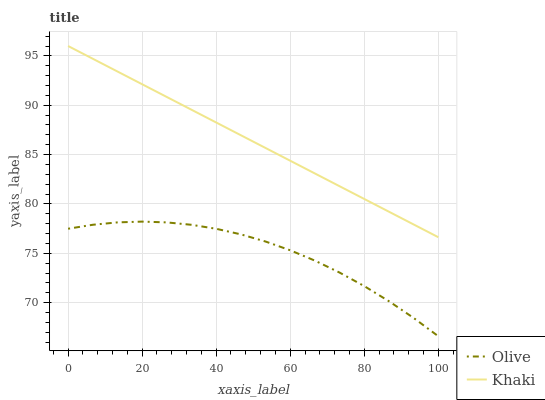
| xaxis_label | Olive | Khaki |
 | --- | --- | --- |
 | 0 | 77.5 | 96 |
 | 6.67 | 77.9 | 94.7 |
 | 13.3 | 78.1 | 93.4 |
 | 20 | 78.2 | 92.1 |
 | 26.7 | 78.1 | 90.8 |
 | 33.3 | 77.9 | 89.5 |
 | 40 | 77.5 | 88.3 |
 | 46.7 | 76.9 | 87 |
 | 53.3 | 76.2 | 85.7 |
 | 60 | 75.3 | 84.4 |
 | 66.7 | 74.3 | 83.1 |
 | 73.3 | 73 | 81.8 |
 | 80 | 71.7 | 80.5 |
 | 86.7 | 70.1 | 79.2 |
 | 93.3 | 68.4 | 77.9 |
 | 100 | 66.6 | 76.6 |